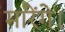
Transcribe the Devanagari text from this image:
मारेंगे।